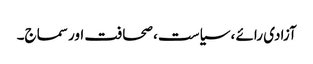
آزادی رائے ، سیاست ، صحافت اور سماج۔